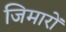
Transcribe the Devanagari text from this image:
जिमारों